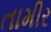
તામીર